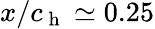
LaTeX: x/c_{\mathrm{~h~}}\simeq 0.25